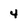
Character: 4